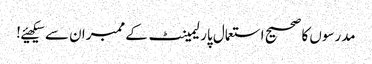
مدرسوں کا صحیح استعمال پارلیمینٹ کے ممبران سے سیکھیئے!